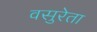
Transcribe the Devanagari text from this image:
वसुरेता